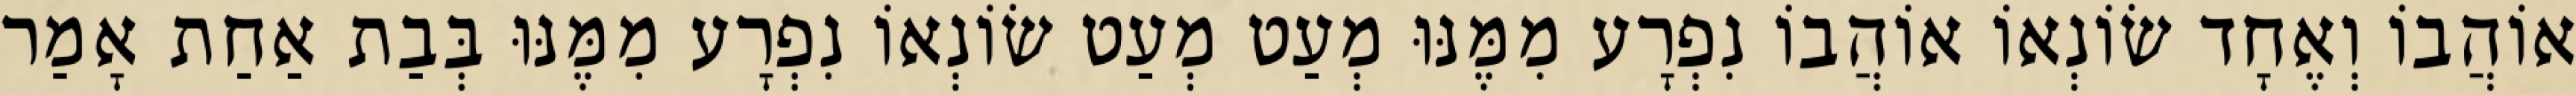
אוֹהֲבוֹ וְאֶחָד שׂוֹנְאוֹ אוֹהֲבוֹ נִפְרָע מִמֶּנּוּ מְעַט מְעַט שׂוֹנְאוֹ נִפְרָע מִמֶּנּוּ בְּבַת אַחַת אָמַר